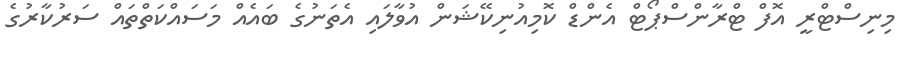
މިނިސްޓްރީ އޮފް ޓްރާންސްޕޯޓް އެންޑް ކޮމިއުނިކޭޝަން އުވާލައި އެތަނުގެ ބައެއް މަސައްކަތްތައް ސަރުކާރުގެ